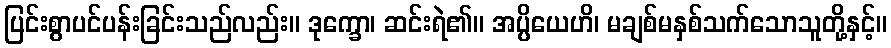
ပြင်းစွာပင်ပန်းခြင်းသည်လည်း။ ဒုက္ခော၊ ဆင်းရဲ၏။ အပ္ပိယေဟိ၊ မချစ်မနှစ်သက်သောသူတို့နှင့်။